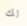
لك